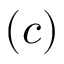
( c )